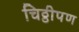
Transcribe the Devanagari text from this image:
चिठ्ठीपण